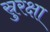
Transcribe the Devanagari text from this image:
स्रुरक्षा